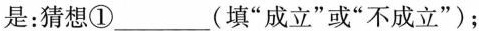
是：猜想①___(填”成立”或”不成立”)；